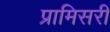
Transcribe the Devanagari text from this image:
प्रामिसरी